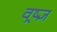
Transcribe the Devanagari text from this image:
वष्र्ज्ञ